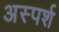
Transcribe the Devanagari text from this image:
अस्पर्श